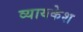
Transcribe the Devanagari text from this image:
व्यायकेश